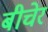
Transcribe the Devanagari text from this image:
बीचेर